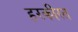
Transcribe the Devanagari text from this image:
हरकीरत